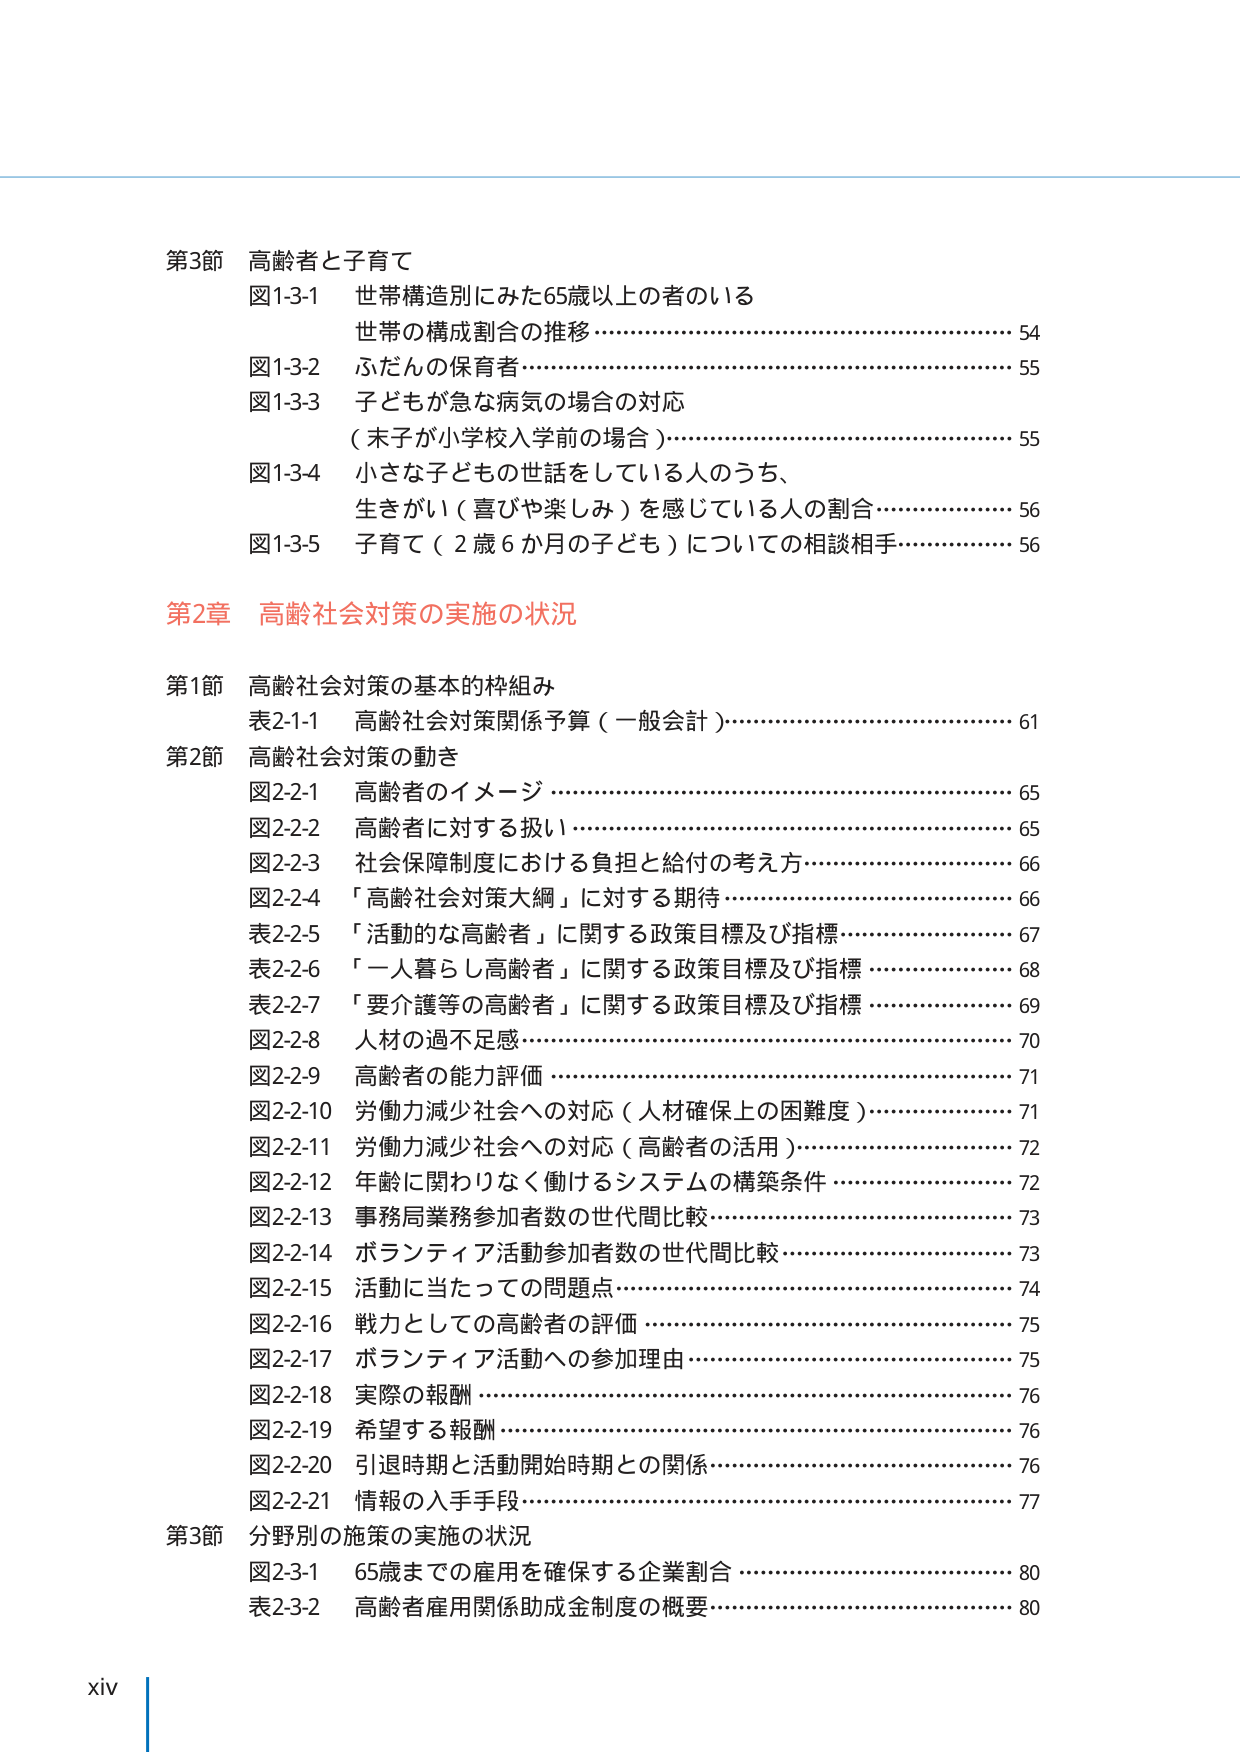
第3節 高齢者と子育て
図1-3-1 世帯構造別にみた65歳以上の者のいる
　　　　世帯の構成割合の推移………………………………………54
図1-3-2 ふだんの保育者……………………………………………55
図1-3-3 子どもが急な病気の場合の対応
　　　　（末子が小学校入学前の場合）……………………………55
図1-3-4 小さな子どもの世話をしている人のうち、
　　　　生きがい（喜びや楽しみ）を感じている人の割合………56
図1-3-5 子育て（2歳6か月の子ども）についての相談相手………56

第2章 高齢社会対策の実施の状況

第1節 高齢社会対策の基本的枠組み
表2-1-1 高齢社会対策関係予算（一般会計）……………………61

第2節 高齢社会対策の動き
図2-2-1 高齢者のイメージ…………………………………………65
図2-2-2 高齢者に対する扱い………………………………………65
図2-2-3 社会保障制度における負担と給付の考え方………………66
図2-2-4 「高齢社会対策大綱」に対する期待……………………66
表2-2-5 「活動的な高齢者」に関する政策目標及び指標…………67
表2-2-6 「一人暮らし高齢者」に関する政策目標及び指標………68
表2-2-7 「要介護等の高齢者」に関する政策目標及び指標………69
図2-2-8 人材の過不足感……………………………………………70
図2-2-9 高齢者の能力評価…………………………………………71
図2-2-10 労働力減少社会への対応（人材確保上の困難度）……71
図2-2-11 労働力減少社会への対応（高齢者の活用）……………72
図2-2-12 年齢に関わりなく働けるシステムの構築条件…………72
図2-2-13 事務局業務参加者数の世代間比較………………………73
図2-2-14 ボランティア活動参加者数の世代間比較………………73
図2-2-15 活動に当たっての問題点…………………………………74
図2-2-16 戦力としての高齢者の評価………………………………75
図2-2-17 ボランティア活動への参加理由…………………………75
図2-2-18 実際の報酬…………………………………………………76
図2-2-19 希望する報酬………………………………………………76
図2-2-20 引退時期と活動開始時期との関係………………………76
図2-2-21 情報の入手手段……………………………………………77

第3節 分野別の施策の実施の状況
図2-3-1 65歳までの雇用を確保する企業割合……………………80
表2-3-2 高齢者雇用関係助成金制度の概要………………………80

xiv